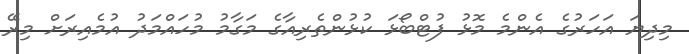
މިދިޔަ އަހަރުގެ އެންމެ މޮޅު ފުޓްބޯޅަ ކުޅުންތެރިއާގެ މަގާމު މުހައްމަދު އުމެއިރަށް މިރޭ